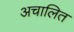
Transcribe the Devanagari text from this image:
अचालित